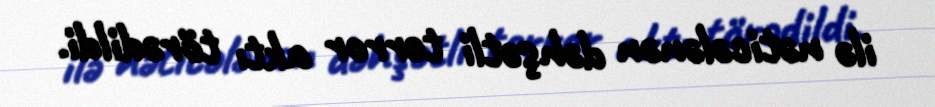
ilə nəticələnən dəhşətli terror aktı törədildi.